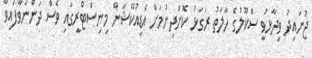
ޖުނައިދު ވިދާޅުވީ ސްކޫލުގެ ހާލަތު ރަގަޅު ކޮށްދިނުމަށް އެޑިއުކޭޝަން މިނިސްޓްރީގައި ވެސް ދަންނަވާފައިވާ